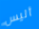
أليس